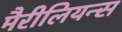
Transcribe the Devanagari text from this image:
मैरीलियन्स